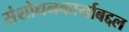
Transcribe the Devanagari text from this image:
संशोधनकार्याबद्दल